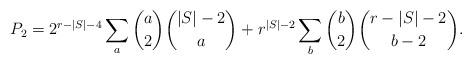
LaTeX: \begin{align*} P_2=2^{r-|S|-4}\sum_a \binom{a}{2}\binom{|S|-2}{a}+r^{|S|-2}\sum_b \binom{b}{2}\binom{r-|S|-2}{b-2}.\end{align*}